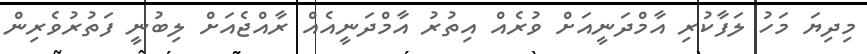
މިދިޔަ މަހު ލަފާކުރި އާމްދަނީއަށް ވުރެއް އިތުރު އާމްދަނީއެއް ރާއްޖެއަށް ލިބުނީ ފަތުރުވެރިން